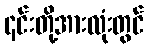
၎င်းတို့အားလုံးတွင်